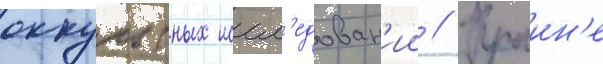
оккультных иссл'едован'ии // Краин'е